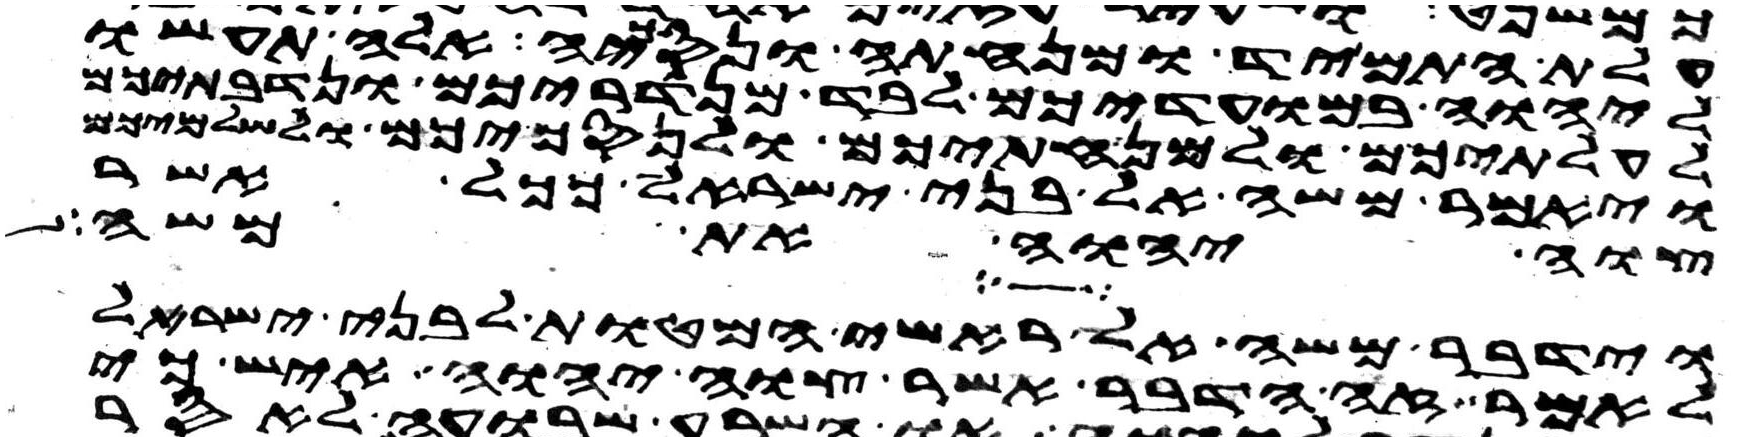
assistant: עלת התמיד ומנחתה ונסכיה אלה תעשו
ליהוה במועדיכם לבד מנדריכם ונדבתיכם
לעלתיכם ולמנחתיכם ולנסכיכם ולשלמיכם
ויאמר משה אל בני ישראל ככל אשר
צוה יהוה את משה
וידבר משה אל ראשי המטות לבני ישראל
לאמר זה הדבר אשר צוה יהוה איש כי